Leprosy in India: report of the Leprosy Commission in India, 1890-91
Year: 1890
Disease focus: Leprosy
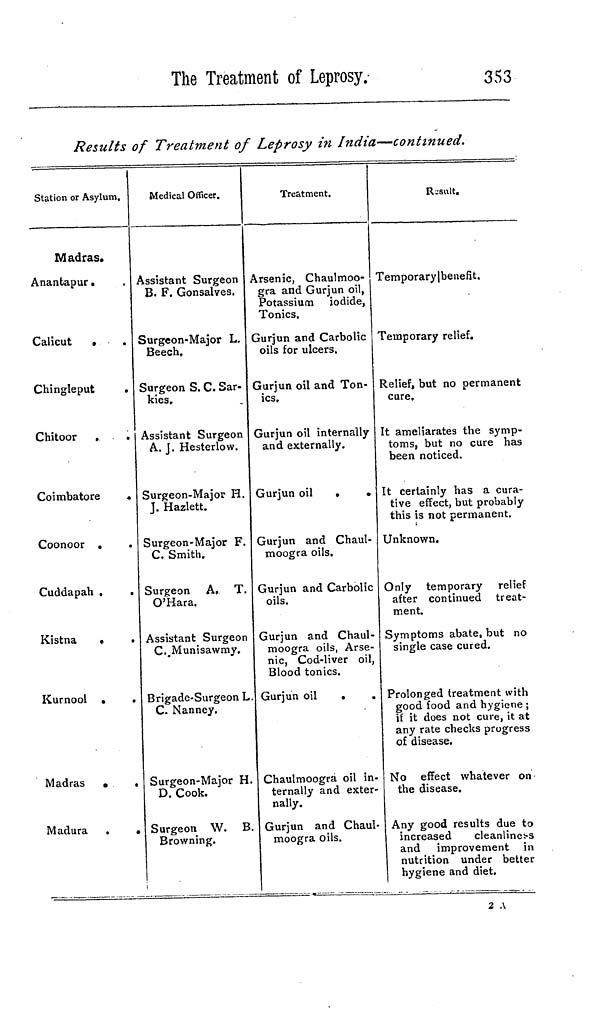
The Treatment of Leprosy
353
Results of Treatment of Leprosy in India—continued.
Station or Asylum.
Madras.
Anantapur.
Calicut »
Chingleput
.
Chitoor
Coimbatore
Coonoor
Cuddapah
Kistna
Kurnool
Madras
Madura
Medical Officer.
Assistant Surgeon
B. F. Gonsalves.
Surgeon-Major L.
Beech,
Surgeon S. C. Sar-
kies.
Assistant Surgeon
A. J. Hesterlow.
Surgeon-Major H.
J. Hazlett.
Surgeon-Major F.
C. Smith.
Surgeon A, T.
O'Hara.
Assistant Surgeon
C.Munisawmy.
Brigade-Surgeon L
C. Nanney
Surgeon-Major H.
D. Cook.
Surgeon W. B
Browning.
Treatment.
Arsenic, Chaulmoo-
gra and Gurjun oil,
Potassium iodide,
Tonics,
Gurjun and Carbolic
oils for ulcers.
Gurjun oil and Ton-
ics,
Gurjun oil internally
and externally.
Gurjun oil
•
•
Gurjun and Chaul-
moogra oils.
Gurjun and Carbolic
oils.
Gurjun and Chaul-
moogra oils, Arse-
nic, Cod-liver oil,
Blood tonics.
Gurjun oil
.
.
Chaulmoogra oil in-
ternally and exter-
nally.
Gurjun and Chaul-
moogra oils.
Result.
Temporary] benefit.
Temporary relief.
Relief, but no permanent
cure.
It ameliarates the symp-
toms, but no cure has
been noticed.
It certainly has a cura-
tive effect, but probably
this is not permanent.
Unknown.
Only temporary relief
after continued treat-
ment.
Symptoms abate, but no
single case cured.
Prolonged treatment with
good food and hygiene ;
if it does not cure, it at
any rate checks progress
of disease.
No effect whatever on
the disease.
Any good results due to
increased
cleanliness
and improvement in
nutrition under better
hygiene and diet.
2 A